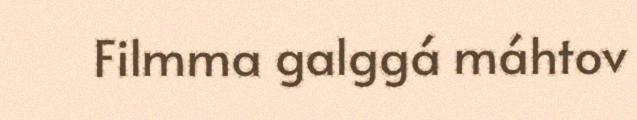
Filmma galggá máhtov